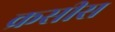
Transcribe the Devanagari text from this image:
क्रसीस